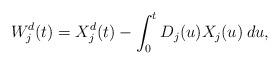
LaTeX: \begin{align*}W^d_j(t) = X_j^d(t) - \int_0^t D_j(u) X_j(u) \: du,\end{align*}